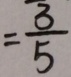
= \frac { 3 } { 5 }